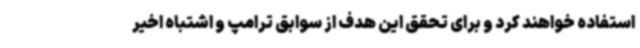
استفاده خواهند کرد و برای تحقق این هدف از سوابق ترامپ و اشتباه اخیر